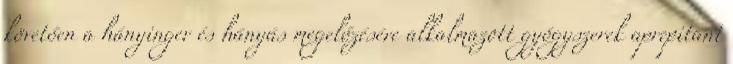
követően a hányinger és hányás megelőzésére alkalmazott gyógyszerek aprepitant